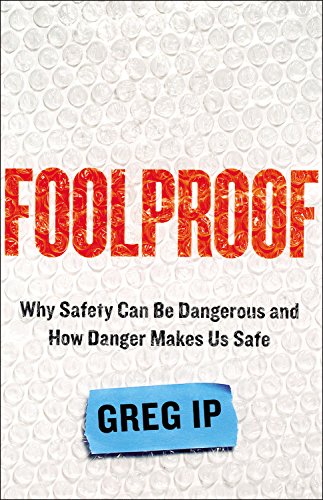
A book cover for Foolproof: Why Safety Can Be Dangerous and How Danger Makes Us Safe; Greg Ip; Business & Money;